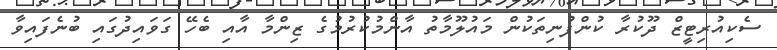
ސެކިއުރިޓީޒް ދޫކުރާ ކުންފުނިތަކުން މައުލޫމާތު އާންމުކުރުމުގެ ޒިންމާ އާއި ބެހޭ ގަވައިދުގައި ބުނެފައިވާ